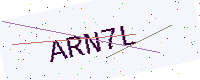
Text: ARN7L